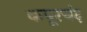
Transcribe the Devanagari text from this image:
कपूरचंद